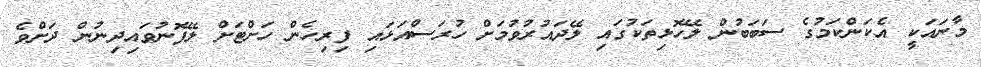
މާނައަކީ އެކަންކަމުގެ ސަބަބުން ލޭހޮޅިތަކުގައި ލޭދައުރުވުމަށް ހުރަސްއަޅައި ފިރިހެން ހަށްޓަށް ލޭފޮނުވައިދިނުން ދަށްވެ